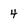
Character: 4